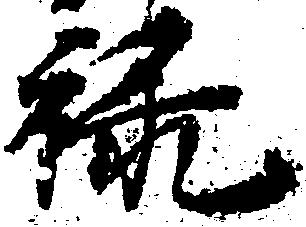
禄